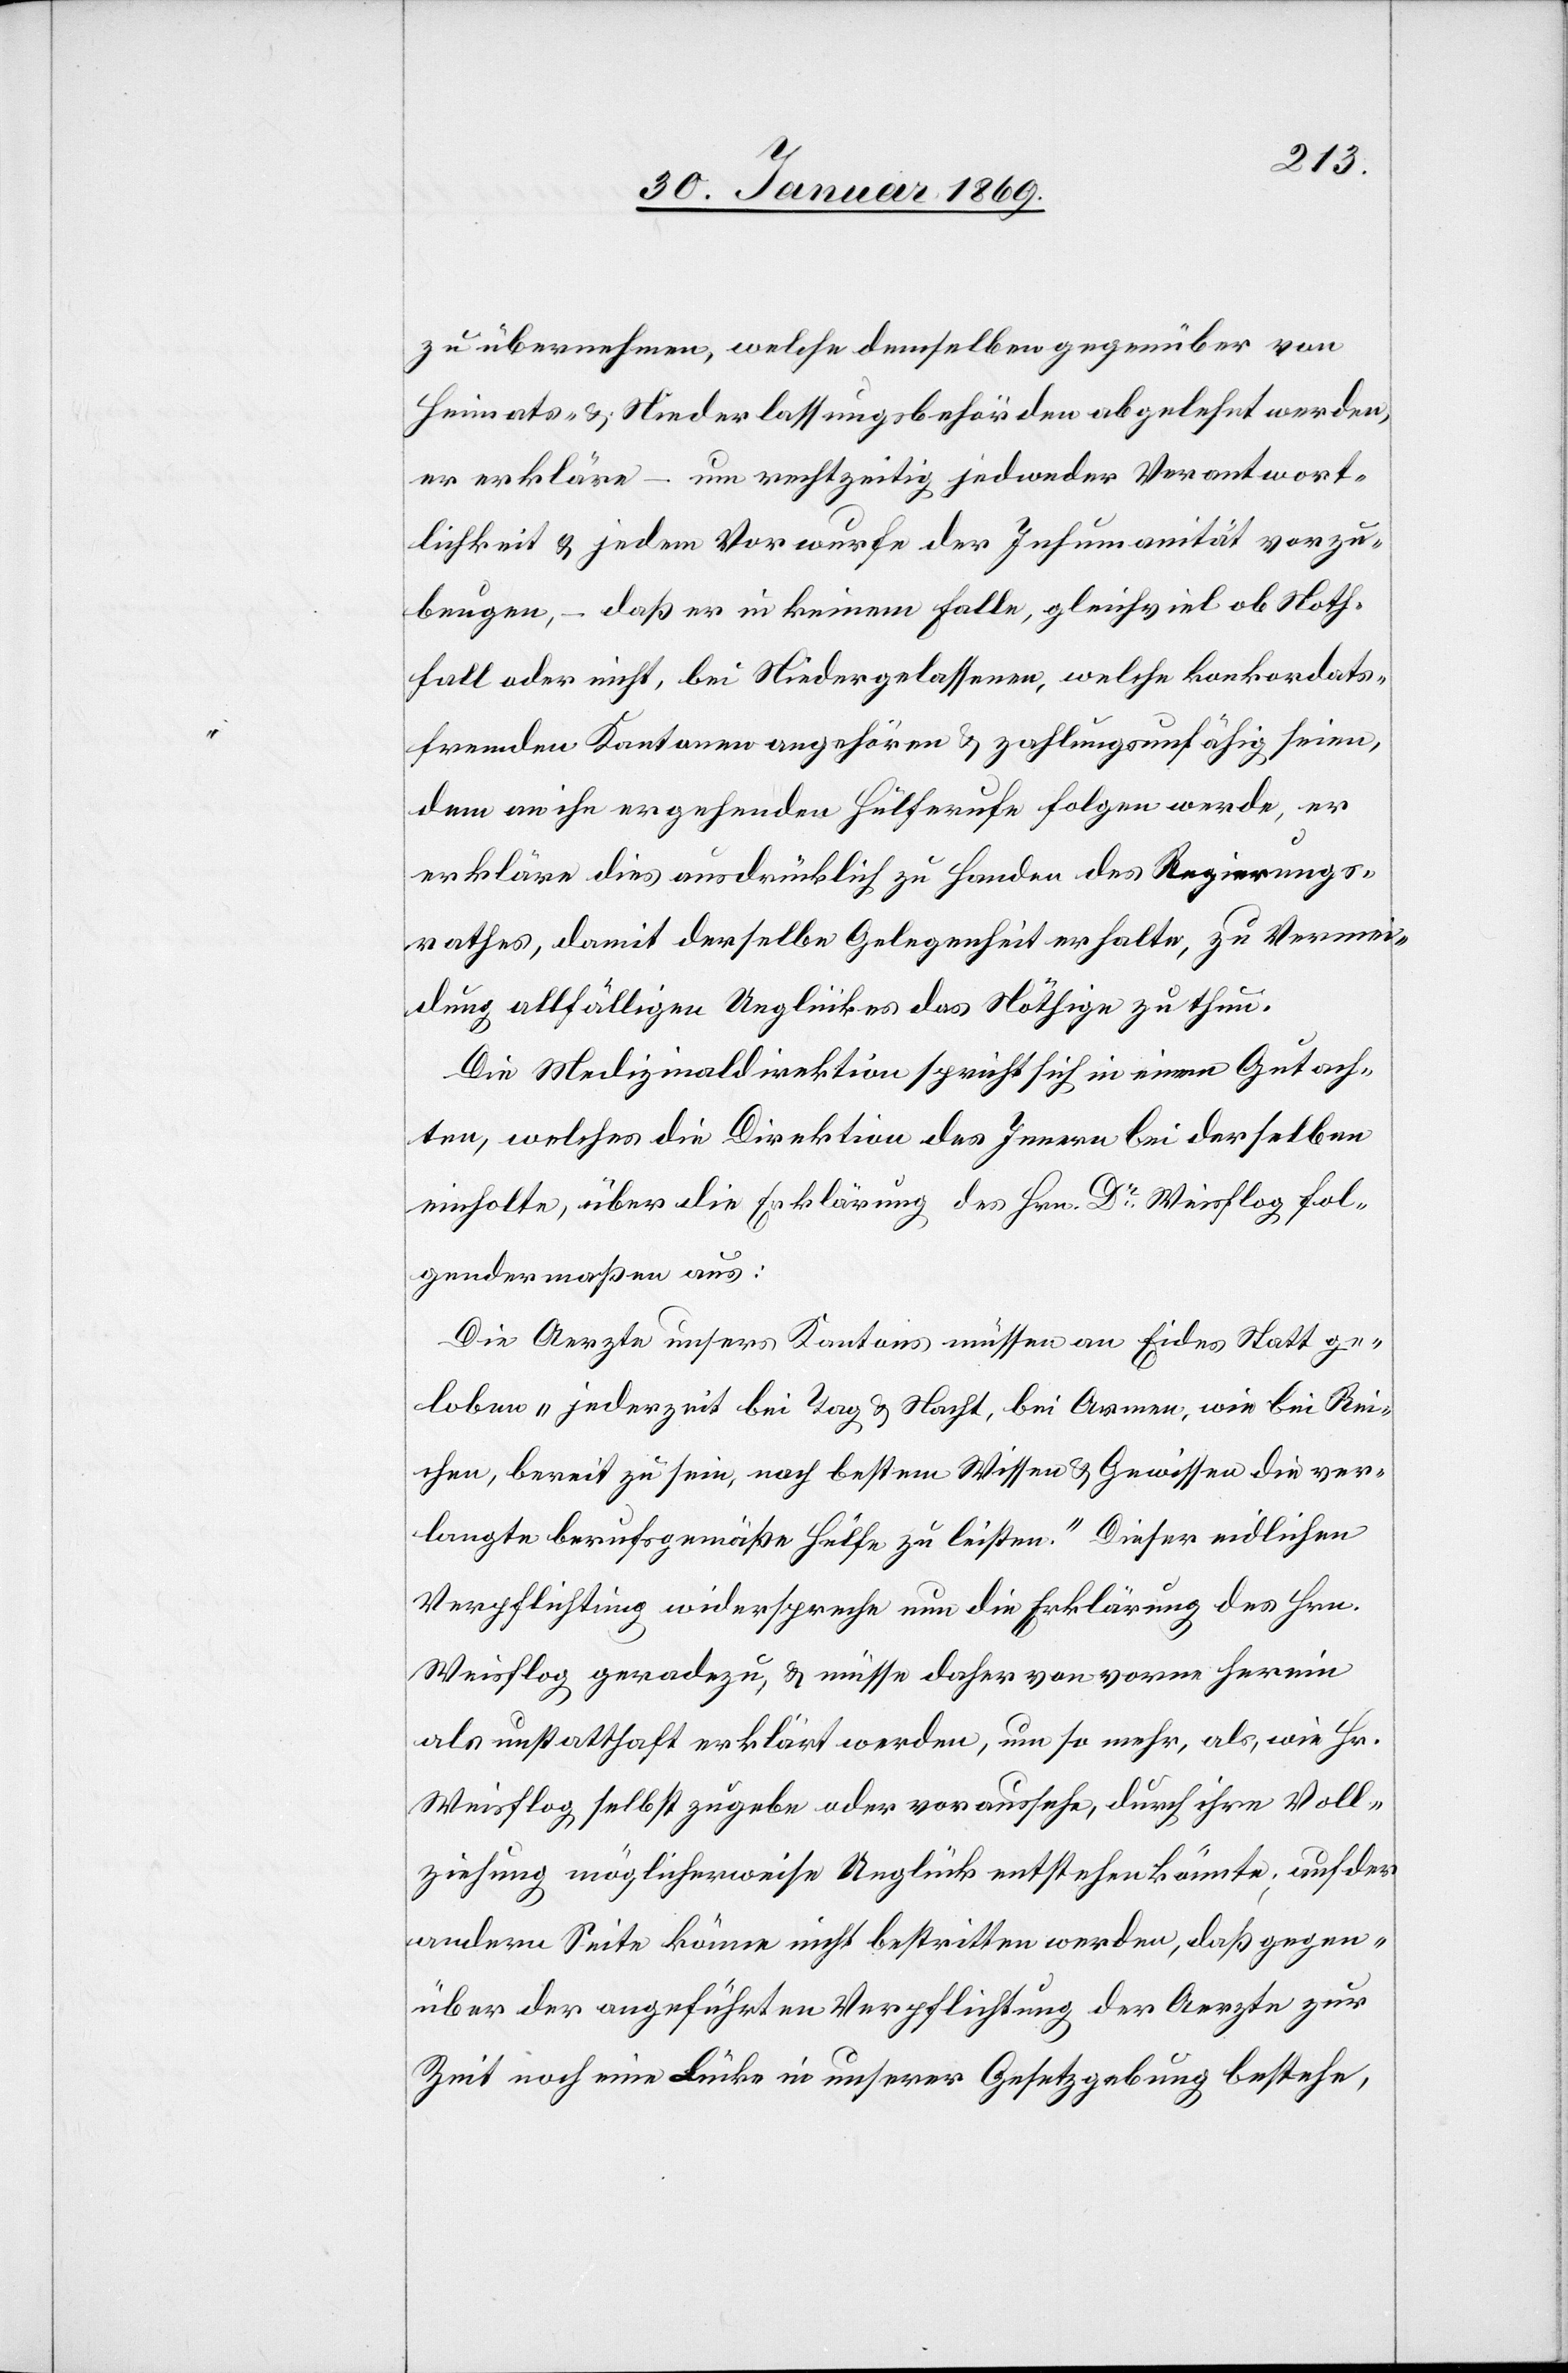
zu übernehmen, welche demselben gegenüber von
Heimats- & Niederlassungsbehörden abgelehnt werden,
er erkläre – um rechtzeitig jedweder Verantwort¬
lichkeit & jedem Vorwurfe der Inhumanität vorzu¬
beugen, – daß er in keinem Falle, gleichviel ob Noth¬
fall oder nicht, bei Niedergelassenen, welche konkordats¬
fremden Kantonen angehören & zahlungsunfähig seien,
dem an ihn ergehenden Hülferufe folgen werde, er
erkläre dies ausdrücklich zu Handen des Regierungs¬
rathes, damit derselbe Gelegenheit erhalte, zu Vermei¬
dung allfälligen Unglückes das Nöthige zu thun.
Die Medizinaldirektion spricht sich in einem Gutach¬
ten, welches die Direktion des Innern bei derselben
einholte, über die Erklärung des Hrn. Dr Weisflog fol¬
gendermassen aus:
Die Aerzte unsers Kantons müssen an Eides Statt ge¬
loben „jederzeit bei Tag & Nacht, bei Armen, wie bei Rei¬
chen, bereit zu sein, nach bestem Wissen & Gewissen die ver¬
langte berufsgemäße Hülfe zu leisten.“ Dieser eidlichen
Verpflichtung widerspreche nun die Erklärung des Hrn.
Weisflog geradezu, & müsse daher von vorne herein
als unstatthaft erklärt werden, um so mehr, als, wie Hr.
Weisflog selbst zugebe oder voraussehe, durch ihre Voll¬
ziehung möglicherweise Unglück entstehen könnte; auf der
andern Seite könne nicht bestritten werden, daß gegen¬
über der angeführten Verpflichtung der Aerzte zur
Zeit noch eine Lücke in unserer Gesetzgebung bestehe,